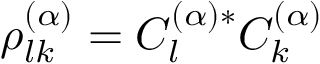
\rho _ { l k } ^ { ( \alpha ) } = C _ { l } ^ { ( \alpha ) * } C _ { k } ^ { ( \alpha ) }